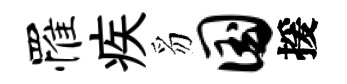
罹疾豸国援